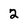
Character: 2